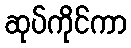
ဆုပ်ကိုင်ကာ